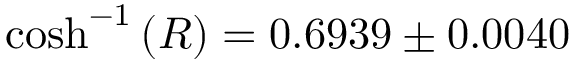
{ \cosh ^ { - 1 } { ( R ) } } = 0 . 6 9 3 9 \pm 0 . 0 0 4 0